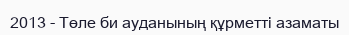
2013 - Төле би ауданының құрметті азаматы